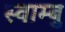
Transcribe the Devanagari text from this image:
स्वाम्बु